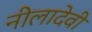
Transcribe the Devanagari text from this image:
नीलादेवी